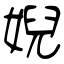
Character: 婗